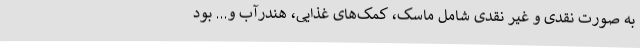
به صورت نقدی و غیر نقدی شامل ماسک، کمک‌های غذایی، هندرآب و... بود